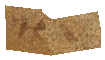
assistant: תהו